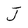
Character: J